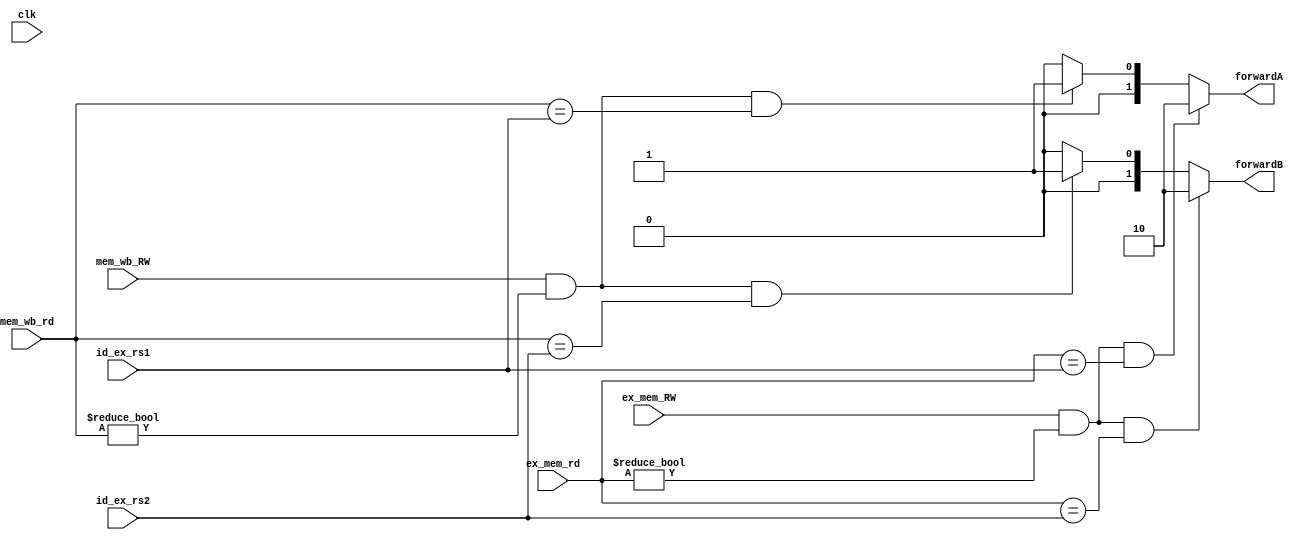
// This program was cloned from: https://github.com/AuraGuardian23/riscv_pipelined_processor
// License: MIT License

`timescale 1ns / 1ps

module fwdUnit(
    input clk,
    
    input [4:0] ex_mem_rd, 
    input ex_mem_RW,
    input [4:0] mem_wb_rd,
    input mem_wb_RW,
    input [4:0] id_ex_rs1, id_ex_rs2,
        
    output wire [1:0] forwardA, forwardB
    );
    
    assign forwardA = (ex_mem_RW & (ex_mem_rd != 0) & (ex_mem_rd == id_ex_rs1)) ? 2'b10 : (mem_wb_RW & (mem_wb_rd != 0) & (mem_wb_rd == id_ex_rs1)) ? 2'b01 : 0;
    assign forwardB = (ex_mem_RW & (ex_mem_rd != 0) & (ex_mem_rd == id_ex_rs2)) ? 2'b10 : (mem_wb_RW & (mem_wb_rd != 0) & (mem_wb_rd == id_ex_rs2)) ? 2'b01 : 0;
    
endmodule